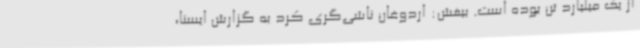
از یک میلیارد تن بوده است. بیغش: اردوغان ناشی‌گری کرد به گزارش ایسنا،